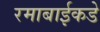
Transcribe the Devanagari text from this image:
रमाबाईकडे